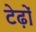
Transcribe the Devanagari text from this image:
टेढ़ों